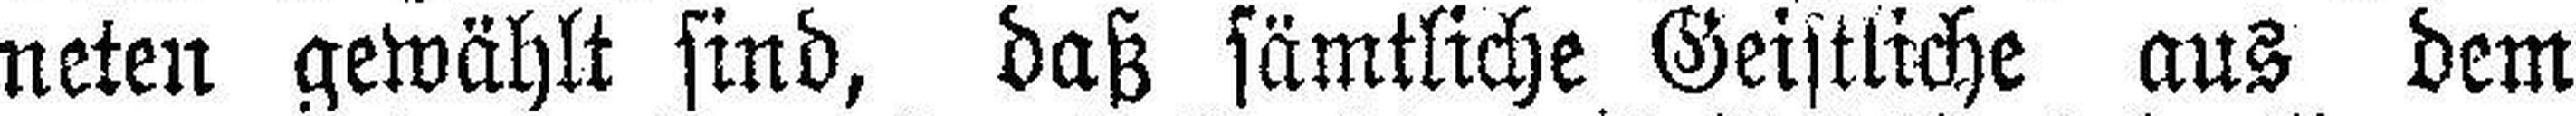
neten gewählt sind, daß sämtliche Geistliche aus dem